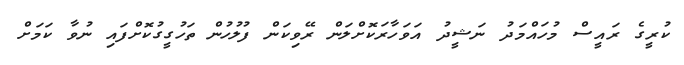
ކުރީގެ ރައީސް މުހައްމަދު ނަޝީދު އަވަހާރަކޮށްލަން ރޭވިކަން ފުލުހުން ތަހުގީގުކޮށްފައި ނުވާ ކަމަށް